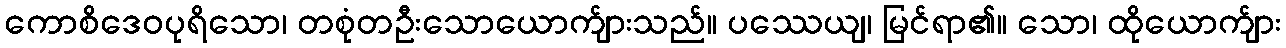
ကောစိဒေဝပုရိသော၊ တစုံတဦးသောယောက်ျားသည်။ ပဿေယျ၊ မြင်ရာ၏။ သော၊ ထိုယောက်ျား